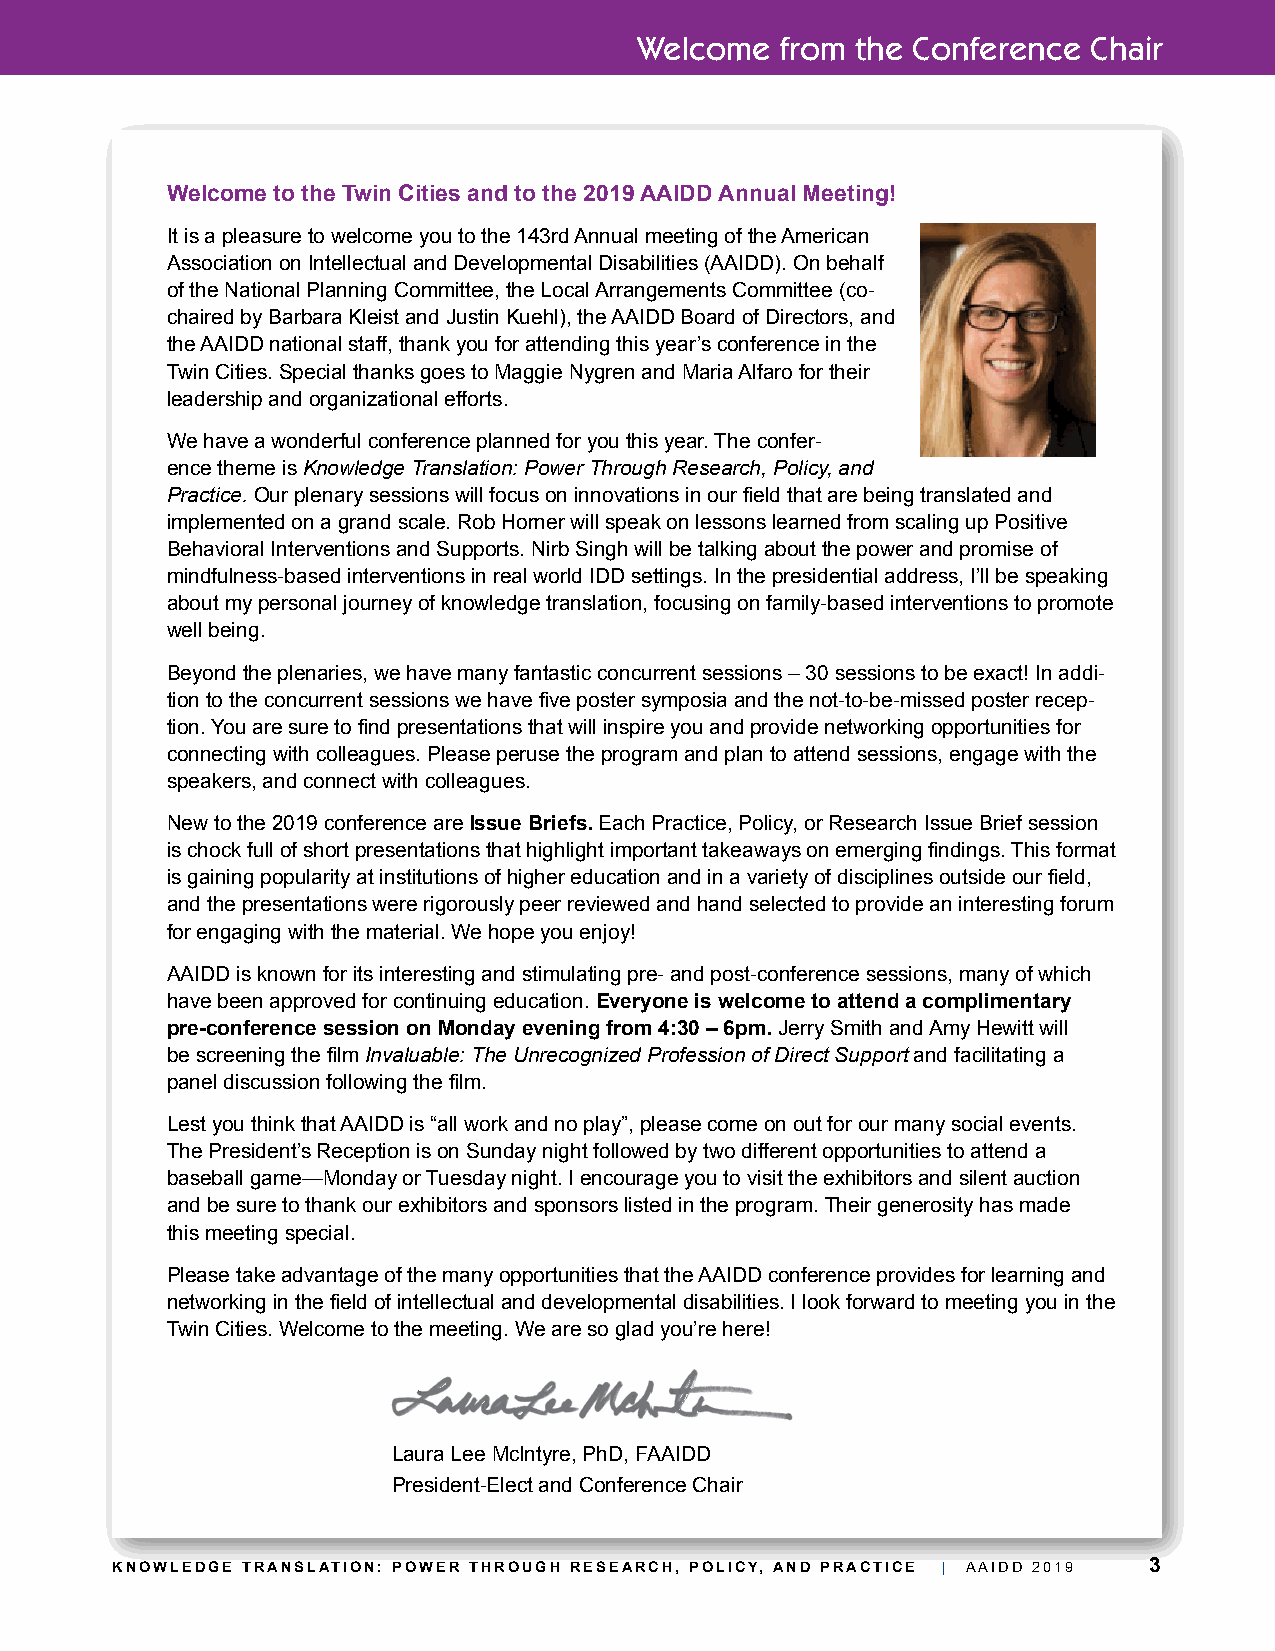
Welcome   from the Conference Chair
 Welcome to the Twin Cities and to the 2019 AAIDD Annual Meeting!
 It is a pleasure to welcome you to the 143rd Annual meeting of the American
 Association on Intellectual and Developmental Disabilities (AAIDD). On behalf
 of the National Planning Committee, the Local Arrangements Committee (co-
 chaired by Barbara Kleist and Justin Kuehl), the AAIDD Board of Directors, and
 the AAIDD national staff, thank you for attending this year’s conference in the
 Twin Cities. Special thanks goes to Maggie Nygren and Maria Alfaro for their
 leadership and organizational efforts.
 We have a wonderful conference planned for you this year. The confer-
 ence theme is Knowledge Translation: Power Through Research, Policy, and
 Practice. Our plenary sessions will focus on innovations in our field that are being translated and
 implemented on a grand scale. Rob Horner will speak on lessons learned from scaling up Positive
 Behavioral Interventions and Supports. Nirb Singh will be talking about the power and promise of
 mindfulness-based interventions in real world IDD settings. In the presidential address, I’ll be speaking
 about my personal journey of knowledge translation, focusing on family-based interventions to promote
 well being.
 Beyond the plenaries, we have many fantastic concurrent sessions – 30 sessions to be exact! In addi-
 tion to the concurrent sessions we have five poster symposia and the not-to-be-missed poster recep-
 tion. You are sure to find presentations that will inspire you and provide networking opportunities for
 connecting with colleagues. Please peruse the program and plan to attend sessions, engage with the
 speakers, and connect with colleagues.
 New to the 2019 conference are Issue Briefs. Each Practice, Policy, or Research Issue Brief session
 is chock full of short presentations that highlight important takeaways on emerging findings. This format
 is gaining popularity at institutions of higher education and in a variety of disciplines outside our field,
 and the presentations were rigorously peer reviewed and hand selected to provide an interesting forum
 for engaging with the material. We hope you enjoy!
 AAIDD is known for its interesting and stimulating pre- and post-conference sessions, many of which
 have been approved for continuing education. Everyone is welcome to attend a complimentary
 pre-conference session on Monday evening from 4:30 – 6pm. Jerry Smith and Amy Hewitt will
 be screening the film Invaluable: The Unrecognized Profession of Direct Support and facilitating a
 panel discussion following the film.
 Lest you think that AAIDD is “all work and no play”, please come on out for our many social events.
 The President’s Reception is on Sunday night followed by two different opportunities to attend a
 baseball game—Monday or Tuesday night. I encourage you to visit the exhibitors and silent auction
 and be sure to thank our exhibitors and sponsors listed in the program. Their generosity has made
 this meeting special.
 Please take advantage of the many opportunities that the AAIDD conference provides for learning and
 networking in the field of intellectual and developmental disabilities. I look forward to meeting you in the
 Twin Cities. Welcome to the meeting. We are so glad you’re here!
 Laura Lee McIntyre, PhD, FAAIDD
 President-Elect and Conference Chair
 KNOWLEDGE TRANSLATION: POWER THROUGH RESEARCH, POLICY, AND PRACTICE | AAIDD 2019 3